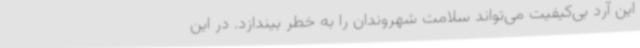
این آرد بی‌کیفیت می‌تواند سلامت شهروندان را به خطر بیندازد. در این